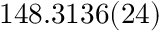
1 4 8 . 3 1 3 6 ( 2 4 )